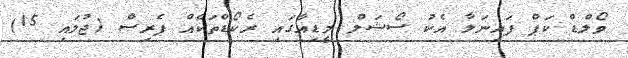
ވޯލްޑް ކަޕް ފައިނަލާ އެކު ސޯޝަލް މީޑިއާގައި ރެކޯޑްތަކެއް ޕެރިސް (ޖުލައި 15)